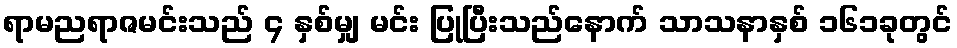
ရာမညရာဇမင်းသည် ၄ နှစ်မျှ မင်း ပြုပြီးသည်နောက် သာသနာနှစ် ၁၆၁ခုတွင်